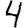
Digit: 4